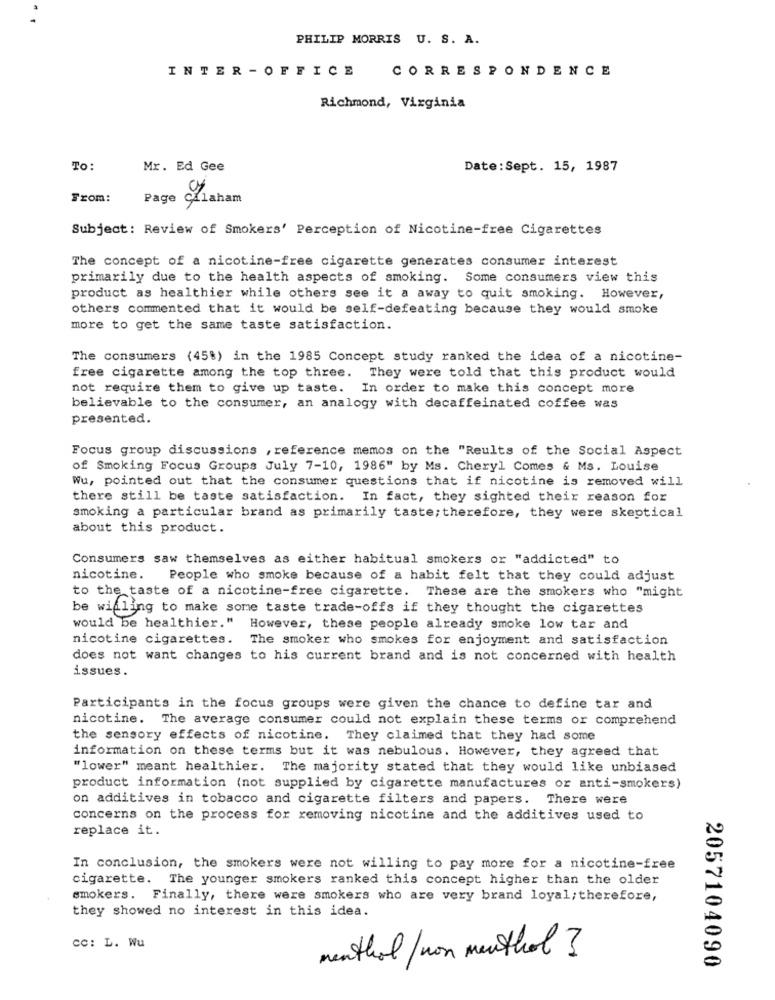
PHILIP MORRIS U. S. A.
INTER -OFFICE
CORRESPONDENCE
Richmond, Virginia
To:
Mr. Ed Gee
Date:Sept. 15, 1987
From:
Page
Graham
Subject: Review of Smokers' Perception of Nicotine-free Cigarettes
The concept of a nicotine-free cigarette generates consumer interest
primarily due to the health aspects of smoking. Some consumers view this
product as healthier while others see it a away to quit smoking. However,
others commented that it would be self-defeating because they would smoke
more to get the same taste satisfaction.
The consumers (45%) in the 1985 Concept study ranked the idea of a nicotine-
free cigarette among the top three.
They were told that this product would
not require them to give up taste. In order to make this concept more
believable to the consumer, an analogy with decaffeinated coffee was
presented.
Focus group discussions , reference memos on the "Reults of the Social Aspect
of Smoking Focus Groups July 7-10, 1986" by Ms. Cheryl Comes & Ms. Louise
Wu, pointed out that the consumer questions that if nicotine is removed will
there still be taste satisfaction. In fact, they sighted their reason for
smoking a particular brand as primarily taste; therefore, they were skeptical
about this product.
Consumers saw themselves as either habitual smokers or "addicted" to
nicotine. People who smoke because of a habit felt that they could adjust
to the taste of a nicotine-free cigarette. These are the smokers who "might
be willing to make some taste trade-offs if they thought the cigarettes
would be healthier." However, these people already smoke low tar and
nicotine cigarettes. The smoker who smokes for enjoyment and satisfaction
does not want changes to his current brand and is not concerned with health
issues.
Participants in the focus groups were given the chance to define tar and
nicotine. The average consumer could not explain these terms or comprehend
the sensory effects of nicotine. They claimed that they had some
information on these terms but it was nebulous. However, they agreed that
"lower" meant healthier. The majority stated that they would like unbiased
product information (not supplied by cigarette manufactures or anti-smokers)
on additives in tobacco and cigarette filters and papers. There were
concerns on the process for removing nicotine and the additives used to
replace it.
In conclusion, the smokers were not willing to pay more for a nicotine-free
cigarette. The younger smokers ranked this concept higher than the older
smokers.
Finally, there were smokers who are very brand loyal; therefore,
they showed no interest in this idea.
cc: L. Wu
menthol/non menthol ?
2057104090